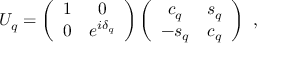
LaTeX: U _ { q } = \left( \begin{array} { c c } { { 1 } } & { { 0 } } \\ { { 0 } } & { { e ^ { i \delta _ { q } } } } \end{array} \right) \left( \begin{array} { c c } { { c _ { q } } } & { { s _ { q } } } \\ { { - s _ { q } } } & { { c _ { q } } } \end{array} \right) \ ,